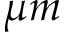
\mu m